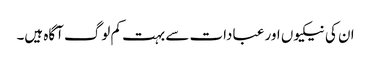
ان کی نیکیوں اور عبادات سے بہت کم لوگ آگاہ ہیں۔